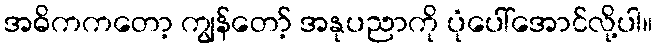
အဓိကကတော့ ကျွန်တော့် အနုပညာကို ပုံပေါ်အောင်လို့ပါ။